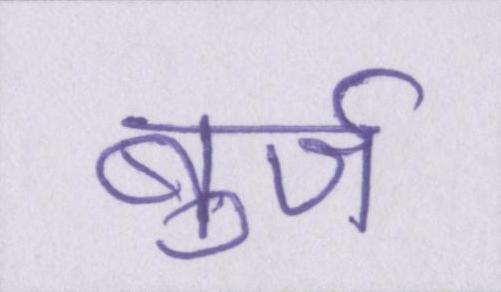
बुर्ज